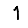
Digit: 1